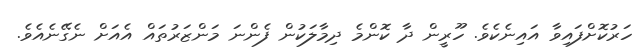
ހަރުކޮށްފައިވާ އައިނެކެވެ. ހޫރީން ދާ ކޮންމެ ދިމާލަކުން ފެންނަ މަންޒަރުތައް އެއަށް ނެގޭނެއެވެ.